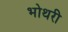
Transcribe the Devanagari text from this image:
भोथरी